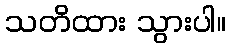
သတိထား သွားပါ။